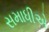
સમાધીએ